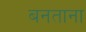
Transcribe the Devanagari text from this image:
बनताना